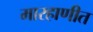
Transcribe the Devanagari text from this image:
मारहाणीत